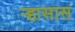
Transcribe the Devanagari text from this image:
ऱ्हासास